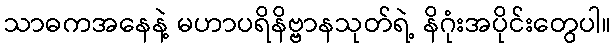
သာဓကအနေနဲ့ မဟာပရိနိဗ္ဗာနသုတ်ရဲ့ နိဂုံးအပိုင်းတွေပါ။